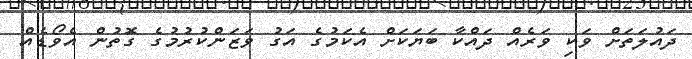
ދައުލަތަށް ވަކި ވަރެއް ދައްކާ ބަޔަކަށް އެކަމުގެ އަގު ވަޒަންކުރުުމުގެ ގޮތުން އެވޯޑެއް